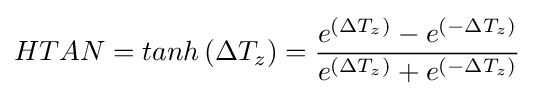
HTAN=tanh\left(\Delta T_{z}\right)={\frac {e^{\left(\Delta T_{z}\right)}-e^{\left(-\Delta T_{z}\right)}}{e^{\left(\Delta T_{z}\right)}+e^{\left(-\Delta T_{z}\right)}}}